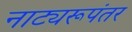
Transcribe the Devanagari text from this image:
नाट्यरूपंतर